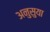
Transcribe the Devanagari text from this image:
अनुसुया